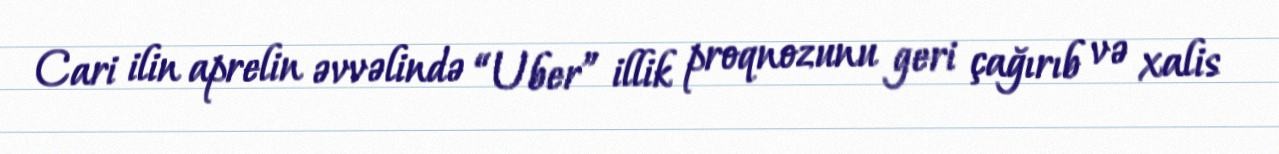
Cari ilin aprelin əvvəlində “Uber” illik proqnozunu geri çağırıb və xalis